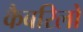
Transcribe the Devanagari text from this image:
कैबरिलो